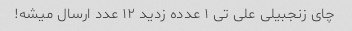
چای زنجبیلی علی تی ۱ عدده زدید ۱۲ عدد ارسال میشه!